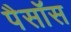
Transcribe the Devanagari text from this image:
पैसॉस